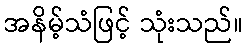
အနိမ့်သံဖြင့် သုံးသည်။